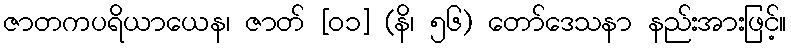
ဇာတကပရိယာယေန၊ ဇာတ် [၀၁] (နိ၊ ၅၆) တော်ဒေသနာ နည်းအားဖြင့်။